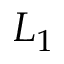
L _ { 1 }